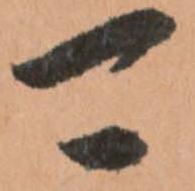
可